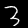
Digit: 3